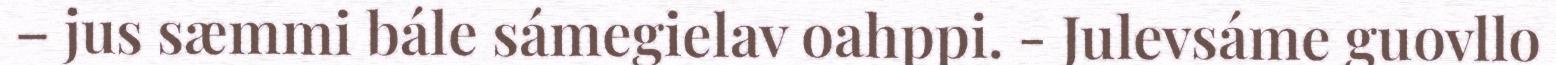
– jus sæmmi bále sámegielav oahppi. - Julevsáme guovllo